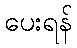
ပေးရန်